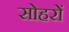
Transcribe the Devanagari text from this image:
सोहरों